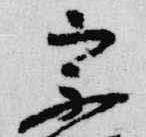
宗